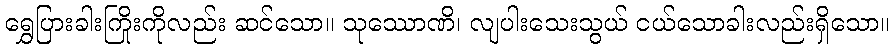
ရွှေပြားခါးကြိုးကိုလည်း ဆင်သော။ သုဿောဏိ၊ လျပါးသေးသွယ် ငယ်သောခါးလည်းရှိသော။